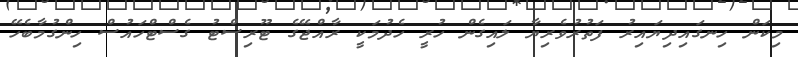
މިކަން ހިނގައިދިޔައިރު ފަތުރުވެރިޔާ ލައިގެން ހުރީ ހެދުމަކީ ރާއްޖޭގެ ޓޫރިސްޓު ގެސްޓްހައުސް ހިންގުމާބެހޭ